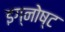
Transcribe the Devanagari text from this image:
इग्नोष्ट